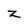
Character: z